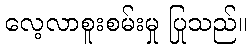
လေ့လာစူးစမ်းမှု ပြုသည်။